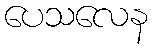
ပေသလေန